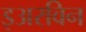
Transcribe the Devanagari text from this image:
इअरविन